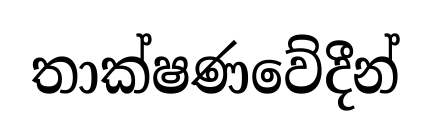
තාක්ෂණවේදීන්